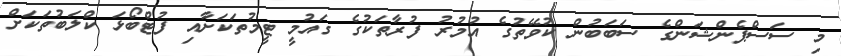
މި ސަސްޕެންޝަންގެ ސަބަަބުން ކުވޭތުގެ އުމުރު ފުރާތަކުގެ ގައުމީ ޓީމުތަކަށާއި ފުޓްބޯޅަ ކްލަބުތަކަށް